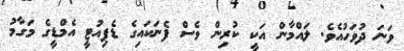
ވަނަ ދުވަހުއެވެ. ލައްމާން އަކީ ކުރިން ވެސް ފެނަކައިގެ ޑެޕިއުޓީ އެމްޑީގެ މަގާމު